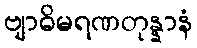
ဗျာဓိမရဏတုန္နာနံ